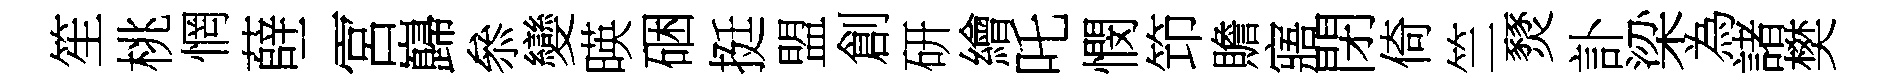
笙桃惘薛二宮巋叅變暎硱挺盟創研繪吒憫笻贍寤閉倚竺燹訃梁為諸樊